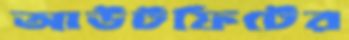
আউটফিটের